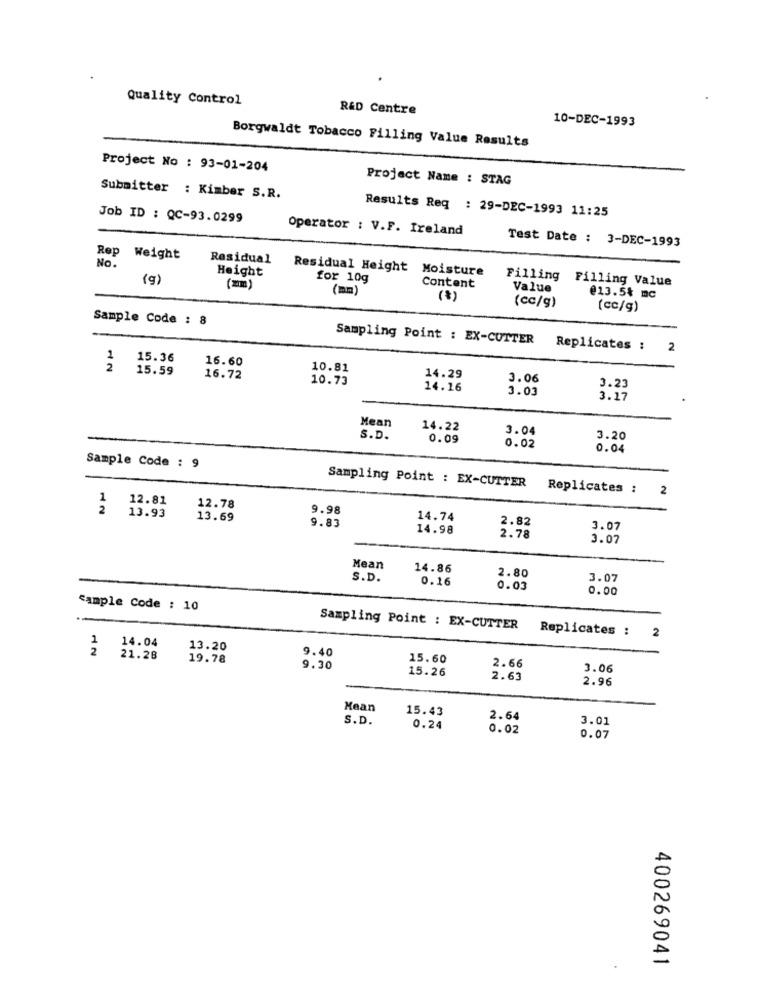
Quality Control
R&D Centre
10-DEC-1993
Borgwaldt Tobacco Filling Value Results
Project No : 93-01-204
Project Name : STAG
Submitter : Kimber S.R.
Results Req : 29-DEC-1993 11:25
Job ID : QC-93.0299
Operator : V.F. Ireland
Test Date : 3-DEC-1993
Rep Weight
Residual
No.
Height
Residual Height Moisture
(g)
for 10g
Filling Filling Value
(mm)
Content
Value
(*)
(cc/g)
@13.5% mc
(cc/g)
Sample Code : 8
Sampling Point : EX-CUTTER
Replicates :
2
1
15.36
16.60
2
15.59
10.81
16.72
10.73
14.29
3.06
14.16
3.03
3.23
3.17
Mean
14.22
3.04
S.D.
0.09
0.02
3.20
0.04
Sample Code : 9
Sampling Point : EX-CUTTER
Replicates :
2
1
12.81
2
12.78
9.98
13.93
13.69
14.74
2.82
9.83
14.98
3.07
2.78
3.07
Mean
14.86
S.D.
0.16
2.80
3.07
0.03
0.00
sample Code : 10
Sampling Point : EX-CUTTER
Replicates :
1
14.04
2
2
13.20
9.40
21.28
19.78
15.60
9.30
15.26
2.66
3.06
2.63
2.96
Mean
15.43
S.D.
2.64
3.01
0.24
0.02
0.07
400269041